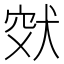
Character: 𤞮